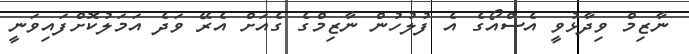
ނާޒިމް ވިދާޅުވީ އެސްއޯގެ އެ ފުލުހުން ނާޒިމްގެ ގެއަށް އެރޭ ވަދެ އަމަލުކޮށްފައިވަނީ